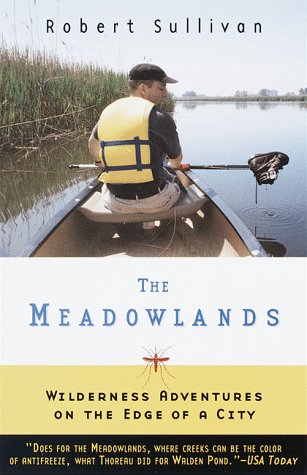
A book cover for THE MEADOWLANDS: WILDERNESS ADVENTURES AT THE EDGE OF A CITY; Robert Sullivan; Travel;